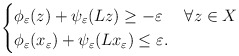
\begin{align*}\begin{cases}\phi_\varepsilon (z) + \psi_\varepsilon (Lz) \geq - \varepsilon & \forall z\in X\\\phi_\varepsilon(x_\varepsilon) +\psi_\varepsilon(Lx_\varepsilon)\leq \varepsilon.\end{cases}\end{align*}